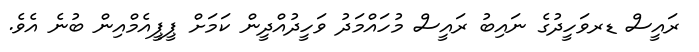
ރައީސް ޑރވަހީދުގެ ނައިބު ރައީސް މުހައްމަދު ވަހީދުއްދީން ކަމަށް ޕީޕީއެމްއިން ބުނެ އެވެ.